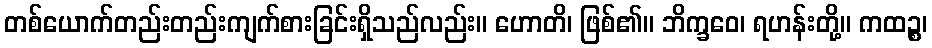
တစ်ယောက်တည်းတည်းကျက်စားခြင်းရှိသည်လည်း။ ဟောတိ၊ ဖြစ်၏။ ဘိက္ခဝေ၊ ရဟန်းတို့။ ကထဉ္စ၊